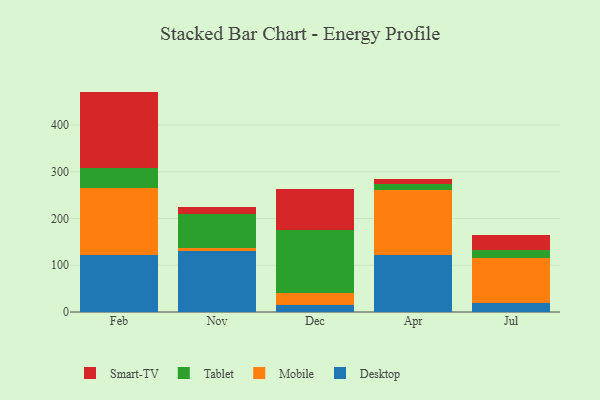
{"axis": {"x": "Month", "y": "Net Income (USD K)"}, "legend": ["Desktop", "Mobile", "Smart-TV", "Tablet"], "data": [{"x": "Feb", "y": 122.0, "type": "Desktop"}, {"x": "Feb", "y": 144.2, "type": "Mobile"}, {"x": "Feb", "y": 42.9, "type": "Tablet"}, {"x": "Feb", "y": 162.4, "type": "Smart-TV"}, {"x": "Nov", "y": 129.8, "type": "Desktop"}, {"x": "Nov", "y": 7.3, "type": "Mobile"}, {"x": "Nov", "y": 73.6, "type": "Tablet"}, {"x": "Nov", "y": 14.3, "type": "Smart-TV"}, {"x": "Dec", "y": 15.6, "type": "Desktop"}, {"x": "Dec", "y": 24.4, "type": "Mobile"}, {"x": "Dec", "y": 135.5, "type": "Tablet"}, {"x": "Dec", "y": 86.8, "type": "Smart-TV"}, {"x": "Apr", "y": 121.3, "type": "Desktop"}, {"x": "Apr", "y": 140.5, "type": "Mobile"}, {"x": "Apr", "y": 11.4, "type": "Tablet"}, {"x": "Apr", "y": 11.3, "type": "Smart-TV"}, {"x": "Jul", "y": 18.9, "type": "Desktop"}, {"x": "Jul", "y": 97.0, "type": "Mobile"}, {"x": "Jul", "y": 16.7, "type": "Tablet"}, {"x": "Jul", "y": 33.0, "type": "Smart-TV"}]}